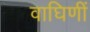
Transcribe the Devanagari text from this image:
वाघिणीं